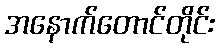
အနောက်တောင်တိုင်း